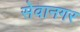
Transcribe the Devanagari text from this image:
सेवानगर